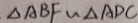
\Delta A B F \sim \Delta A D C